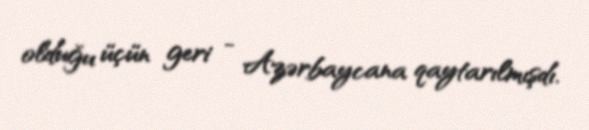
olduğu üçün geri - Azərbaycana qaytarılmışdı.